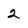
Character: 2